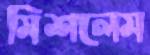
মিশলেম